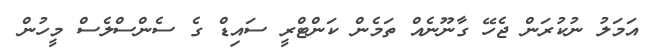
އަމަލު ނުކުރަން ޖެހޭ ގާނޫނެއް ތަމެން ކަންޓްރީ ސައިޑް ގެ ސެންސްލެސް މީހުން